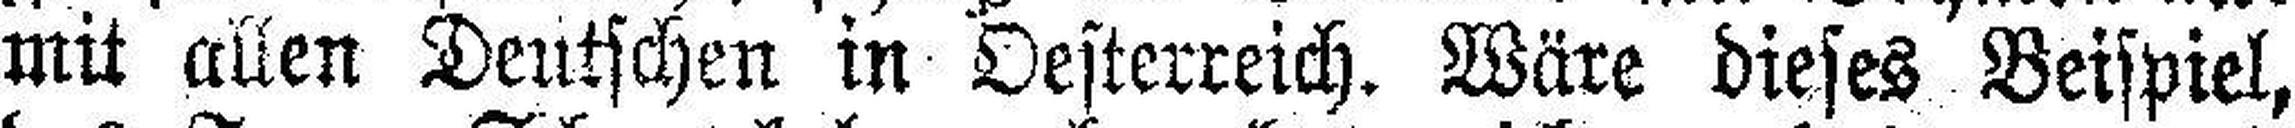
mit allen Deutschen in Oesterreich. Wäre dieses Beispiel,